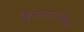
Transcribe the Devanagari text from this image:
किनारपटटीला